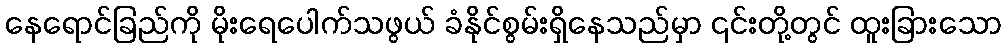
နေရောင်ခြည်ကို မိုးရေပေါက်သဖွယ် ခံနိုင်စွမ်းရှိနေသည်မှာ ၎င်းတို့တွင် ထူးခြားသော